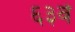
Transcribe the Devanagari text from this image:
६३वे